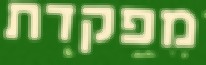
מפקדת